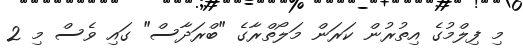
މި ފިލްމުގެ އިތުރުން ކަރަން މަލޯތްރާގެ "ބްރަދާސް" ގައި ވެސް މި 2